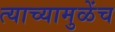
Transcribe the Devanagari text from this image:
त्याच्यामुळेंच